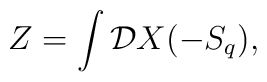
Z= \int  {\cal D}X (-S_q),